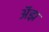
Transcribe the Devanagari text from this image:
अॅझ